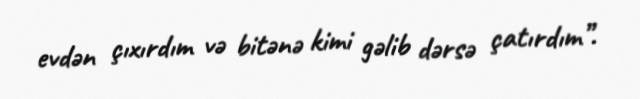
evdən çıxırdım və bitənə kimi gəlib dərsə çatırdım”.